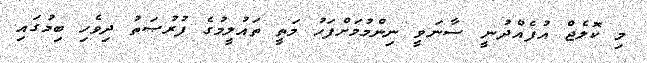
މި ކޮލެޖް އުފެއްދުނީ ސާނަވީ ނިންމުމަށްފަހު މަތީ ތައުލީމުގެ ފުރުޞަތު ދިވެހި ބިމުގައި